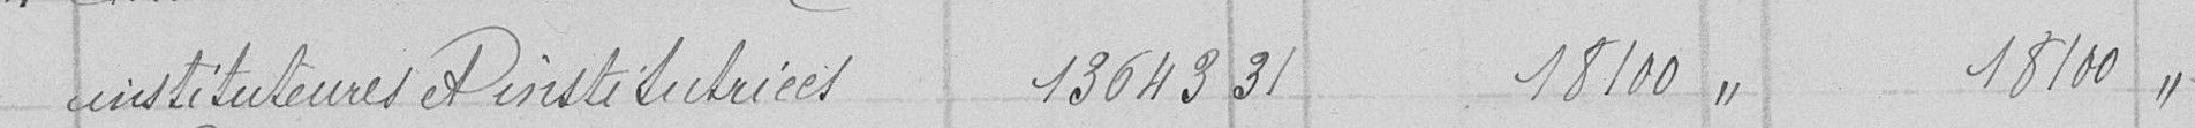
instituteurs et institutrices  13649,31    18100  18100